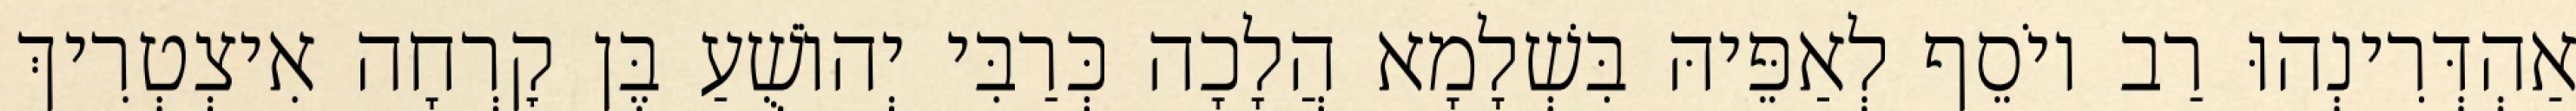
אַהְדְּרִינְהוּ רַב יוֹסֵף לְאַפֵּיהּ בִּשְׁלָמָא הֲלָכָה כְּרַבִּי יְהוֹשֻׁעַ בֶּן קׇרְחָה אִיצְטְרִיךְ